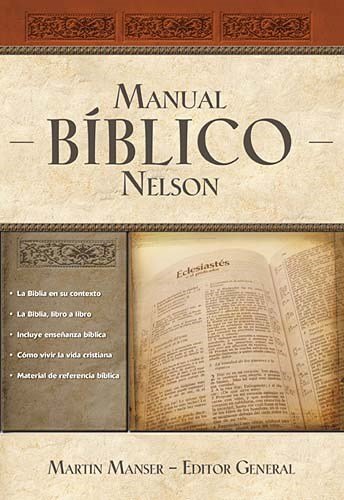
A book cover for Manual BÃ­blico Nelson: Tu guÃ­a completa de la Biblia (Spanish Edition); Christian Books & Bibles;